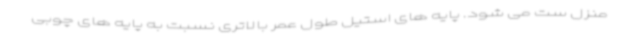
منزل ست می شود. پایه های استیل طول عمر بالاتری نسبت به پایه های چوبی